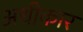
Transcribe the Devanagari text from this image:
अधीकार